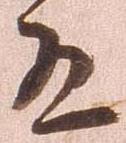
殿